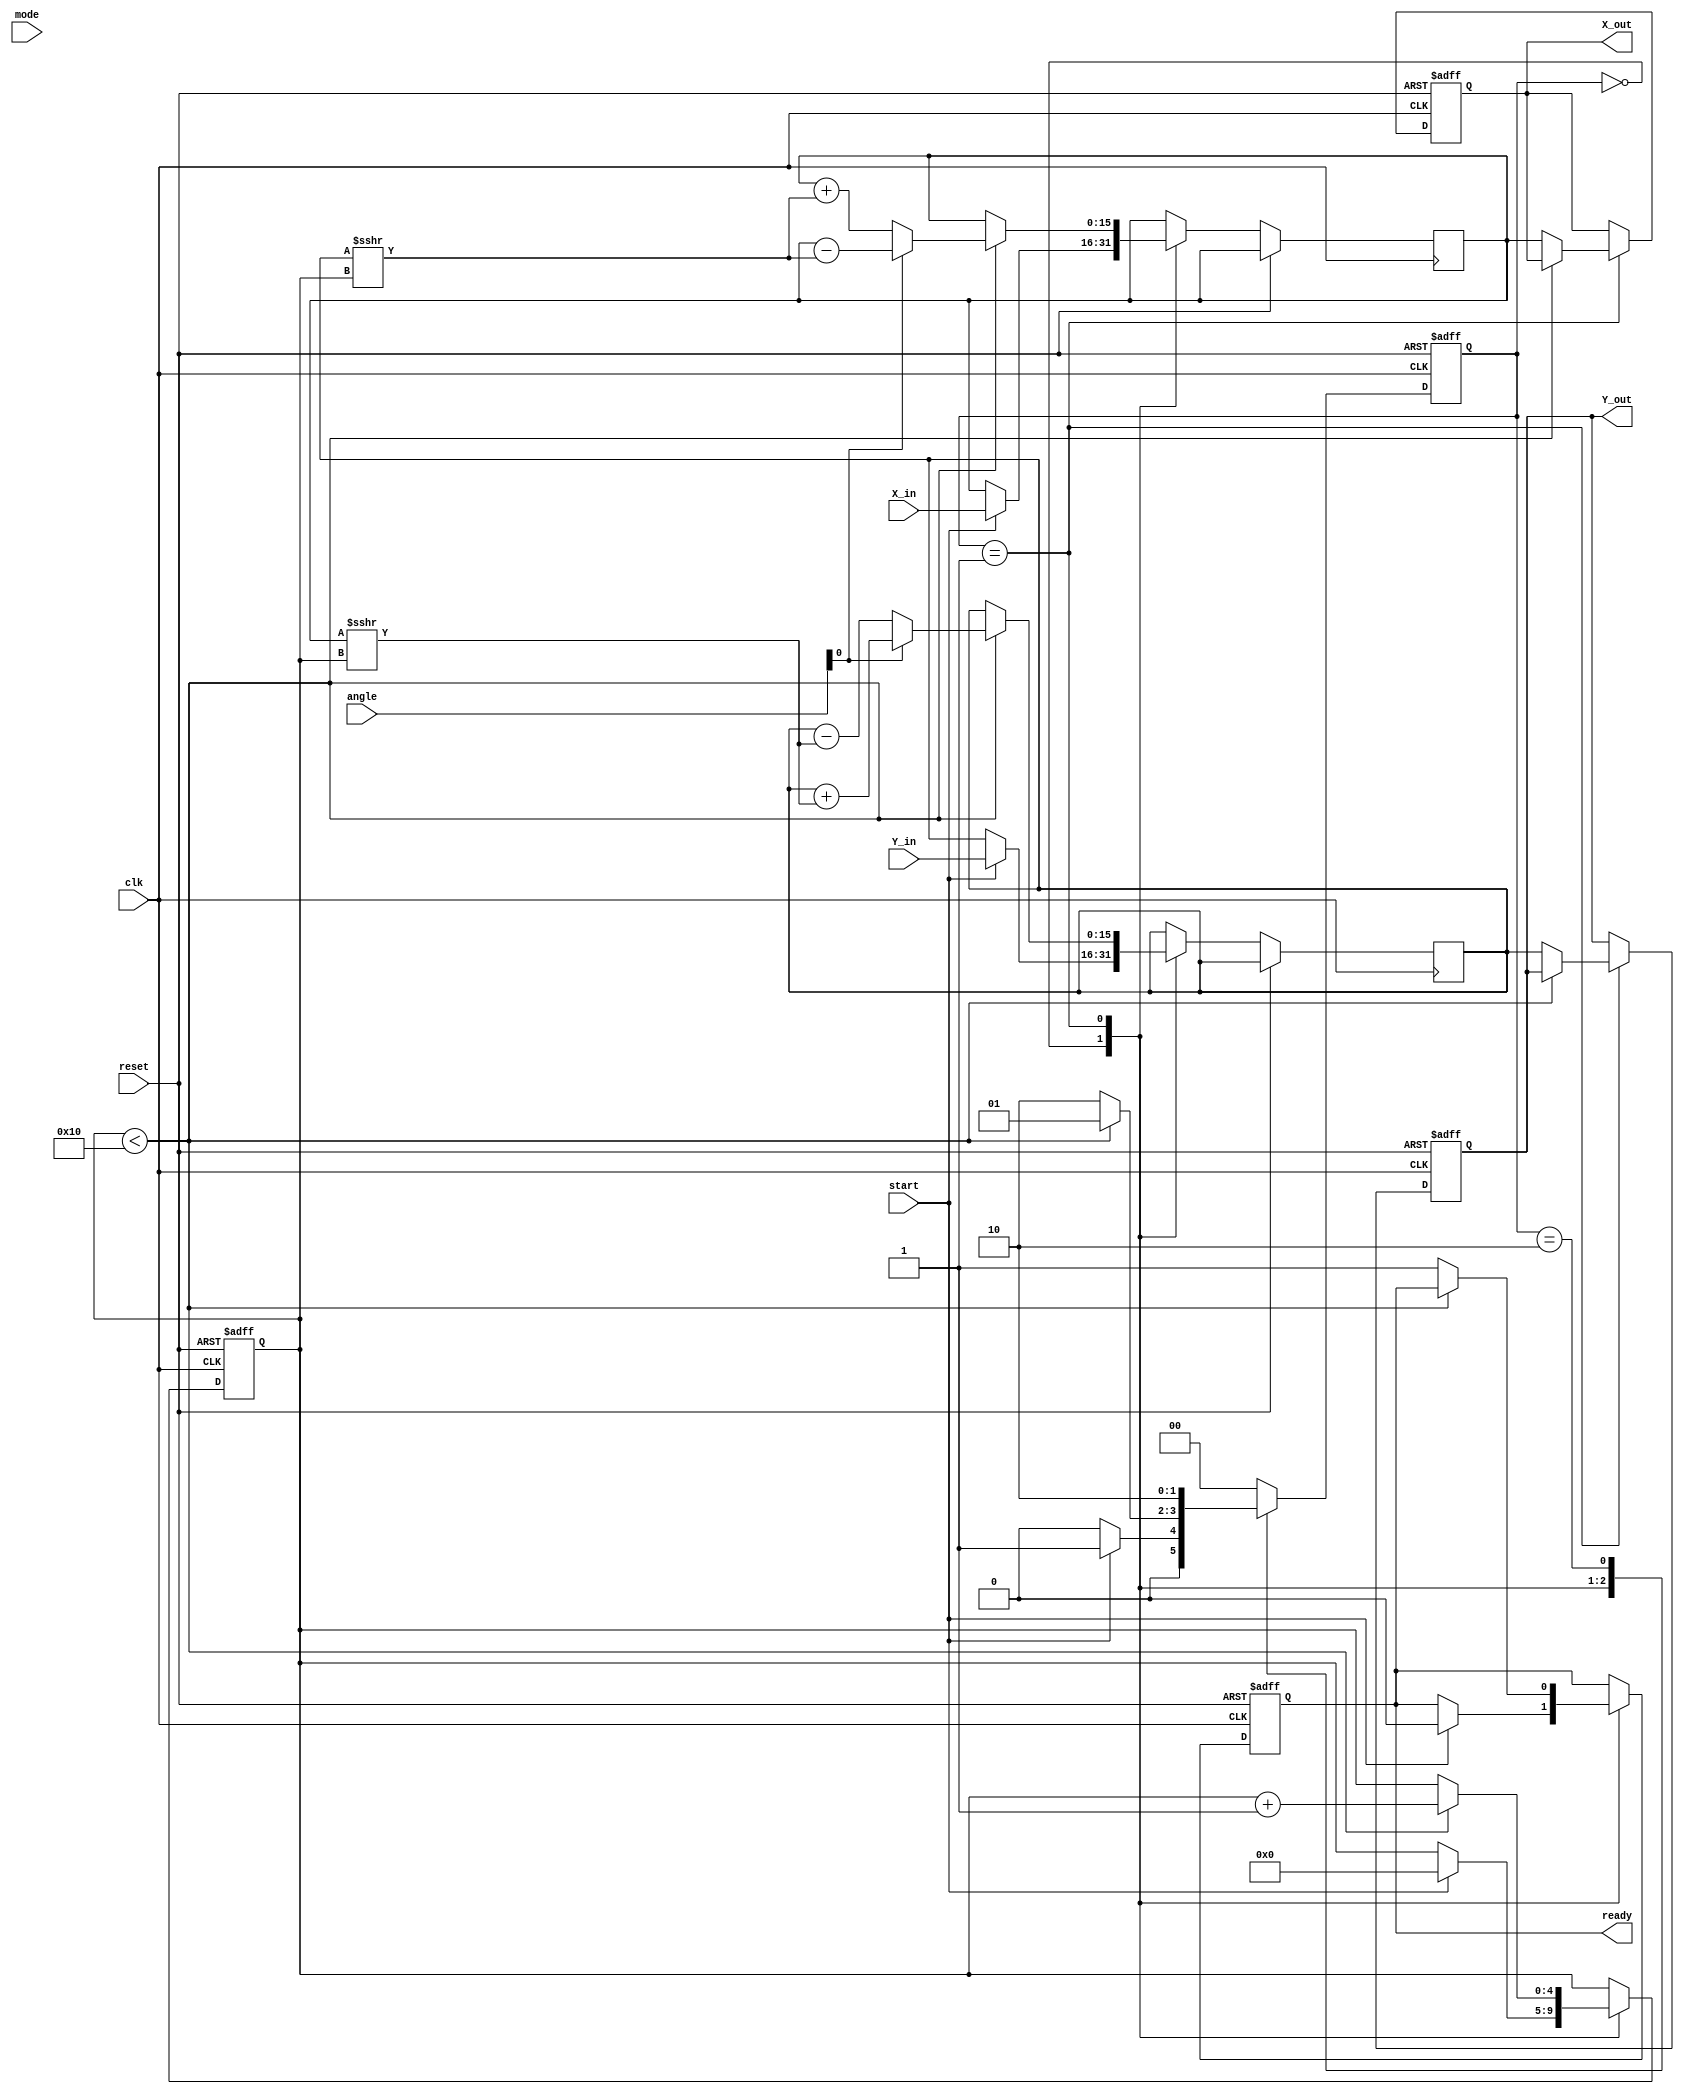
module modified_cordic #(
    parameter NUM_ITERATIONS = 16, // Number of iterations for precision
    parameter WIDTH = 16 // Bit width for coordinates
)(
    input wire clk,
    input wire reset,
    input wire start,
    input wire [WIDTH-1:0] X_in,
    input wire [WIDTH-1:0] Y_in,
    input wire [WIDTH-1:0] angle, // Input angle in radians (scaled)
    input wire mode, // 0: circular, 1: hyperbolic
    output reg [WIDTH-1:0] X_out,
    output reg [WIDTH-1:0] Y_out,
    output reg ready // Signal to indicate completion
);

    // Angle Lookup Table (precomputed arctangent values)
    reg [WIDTH-1:0] atan_table [0:NUM_ITERATIONS-1];
    initial begin
        // Populate the atan_table with precomputed values
        // This is an example; actual values need to be calculated
        atan_table[0] = 16'h2000; // atan(1) = pi/4 (scaled)
        atan_table[1] = 16'h1000; // atan(0.5) = pi/6 (scaled)
        // Add more values as necessary
    end

    // State definitions
    localparam IDLE = 2'b00;
    localparam PROCESS = 2'b01;
    localparam DONE = 2'b10;

    reg [1:0] state, next_state;
    reg [4:0] iteration_count;
    reg [WIDTH-1:0] x_reg, y_reg;
    wire [WIDTH-1:0] x_next, y_next;

    // Rotation Logic
    assign x_next = (angle[0] ? (x_reg - (y_reg >>> iteration_count)) : (x_reg + (y_reg >>> iteration_count)));
    assign y_next = (angle[0] ? (y_reg + (x_reg >>> iteration_count)) : (y_reg - (x_reg >>> iteration_count)));

    // Control Logic (FSM)
    always @(posedge clk or posedge reset) begin
        if (reset) begin
            state <= IDLE;
            iteration_count <= 0;
            ready <= 0;
            X_out <= 0;
            Y_out <= 0;
        end else begin
            state <= next_state;
            case (state)
                IDLE: begin
                    if (start) begin
                        x_reg <= X_in;
                        y_reg <= Y_in;
                        iteration_count <= 0;
                        ready <= 0;
                    end
                end
                PROCESS: begin
                    if (iteration_count < NUM_ITERATIONS) begin
                        x_reg <= x_next;
                        y_reg <= y_next;
                        iteration_count <= iteration_count + 1;
                    end else begin
                        X_out <= x_reg;
                        Y_out <= y_reg;
                        ready <= 1;
                    end
                end
                DONE: begin
                    // Stay in DONE state until reset
                end
            endcase
        end
    end

    // Next state logic
    always @(*) begin
        case (state)
            IDLE: begin
                if (start) begin
                    next_state = PROCESS;
                end else begin
                    next_state = IDLE;
                end
            end
            PROCESS: begin
                if (iteration_count < NUM_ITERATIONS) begin
                    next_state = PROCESS;
                end else begin
                    next_state = DONE;
                end
            end
            DONE: begin
                next_state = DONE; // Stay in DONE state
            end
            default: next_state = IDLE;
        endcase
    end

endmodule